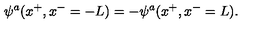
\psi ^ { a } ( x ^ { + } , x ^ { - } = - L ) = - \psi ^ { a } ( x ^ { + } , x ^ { - } = L ) .